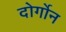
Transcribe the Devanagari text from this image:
दोर्गोन